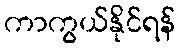
ကာကွယ်နိုင်ရန်